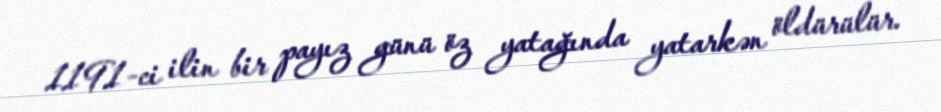
1191-ci ilin bir payız günü öz yatağında yatarkən öldürülür.